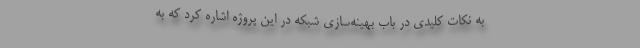
به نکات کلیدی در باب بهینه‌سازی شبکه در این پروژه اشاره کرد که به